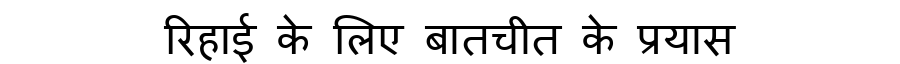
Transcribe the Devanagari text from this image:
रिहाई के लिए बातचीत के प्रयास